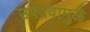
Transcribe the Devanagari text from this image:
उपद्रवामुळे